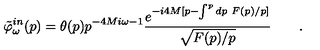
\tilde { \varphi } _ { \omega } ^ { i n } ( p ) = \theta ( p ) p ^ { - 4 M i \omega - 1 } { \frac { e ^ { - i 4 M [ p - \int ^ { p } d p \ F ( p ) / p ] } } { \sqrt { F ( p ) / p } } } \qquad .